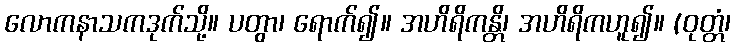
လောကနာသကဒုက်သို့။ ပတွာ၊ ရောက်၍။ အဟိရိကန္တိ၊ အဟိရိကဟူ၍။ (ဝုတ္တံ၊